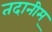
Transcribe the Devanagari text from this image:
तदानीम्